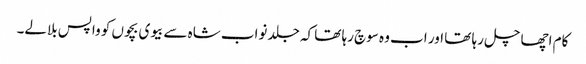
کام اچھا چل رہا تھا اور اب وہ سوچ رہا تھا کہ جلد نواب شاہ سے بیوی بچوں کو واپس بلالے۔